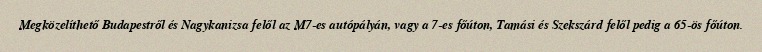
Megközelíthető Budapestről és Nagykanizsa felől az M7-es autópályán, vagy a 7-es főúton, Tamási és Szekszárd felől pedig a 65-ös főúton.